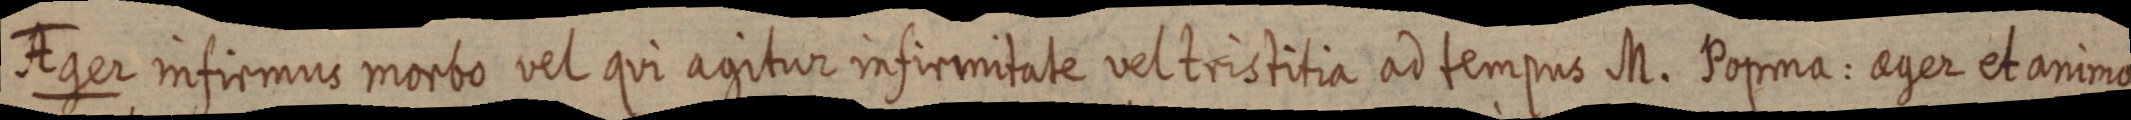
Ager infirmus morbo vel qui agitur infirmitate vel tristitia ad tempus M. Popina. aeger et animo